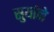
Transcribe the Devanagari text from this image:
सुर्याने